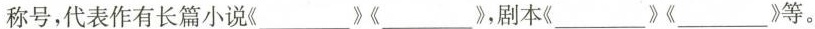
称号，代表作有长篇小说《______》《______》，剧本《_____》《_____》等。